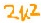
Text: 2U2